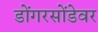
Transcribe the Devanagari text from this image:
डोंगरसोंडेवर